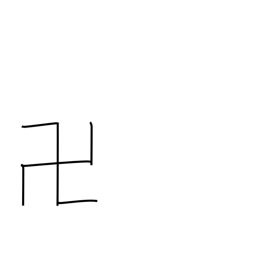
Meaning: gammadion